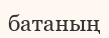
батаның